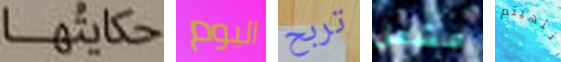
حكايتها اليوم تربح مشعل انتهيتم